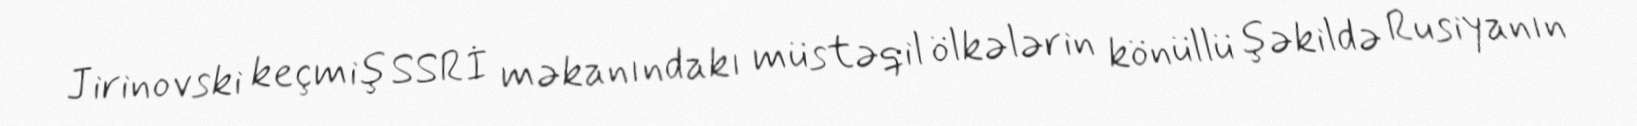
Jirinovski keçmiş SSRİ məkanındakı müstəqil ölkələrin könüllü şəkildə Rusiyanın